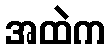
အထဲက